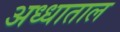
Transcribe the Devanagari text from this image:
अध्धाताल